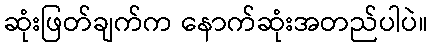
ဆုံးဖြတ်ချက်က နောက်ဆုံးအတည်ပါပဲ။